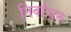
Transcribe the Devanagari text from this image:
निर्वांचन